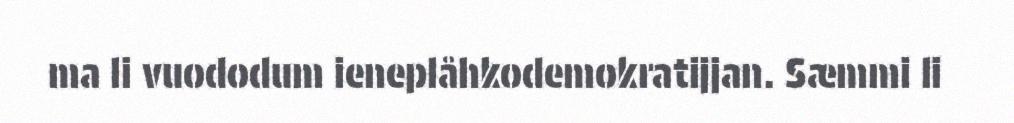
ma li vuododum ieneplåhkodemokratijjan. Sæmmi li